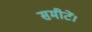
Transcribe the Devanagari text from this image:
समीटें।